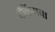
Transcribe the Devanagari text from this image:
बँकिंगचा